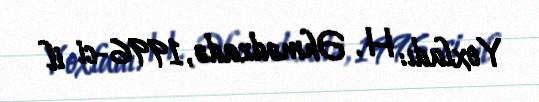
Yoxladı: H. Əhmədzadə, 1996-ci il